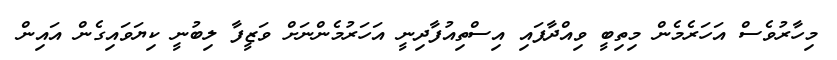
މިހާރުވެސް އަހަރެމެން މިތިބީ ވިއްދާފައި އިސްތިއުފާދިނީ އަހަރުމެންނަށް ވަޒީފާ ލިބުނީ ކިޔަވައިގެން އައިން